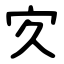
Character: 㝌